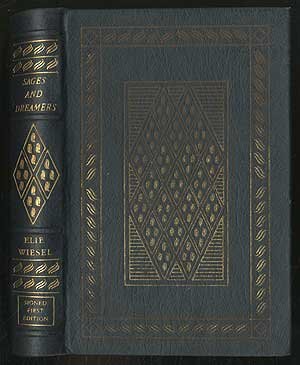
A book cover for Sages and Dreamers: Biblical, Talmudic, and Hasidic Portraits and Legends; Elie Wiesel; Religion & Spirituality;